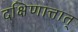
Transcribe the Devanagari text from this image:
दक्षिणात्तात्